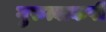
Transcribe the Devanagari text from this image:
गुरुत्वाकर्षी